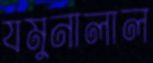
যমুনালাল